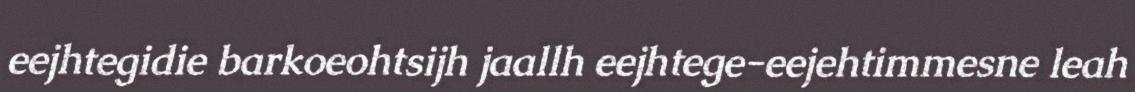
eejhtegidie barkoeohtsijh jaallh eejhtege-eejehtimmesne leah